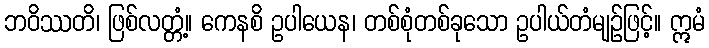
ဘဝိဿတိ၊ ဖြစ်လတ္တံ့။ ကေနစိ ဥပါယေန၊ တစ်စုံတစ်ခုသော ဥပါယ်တံမျဉ်ဖြင့်။ ဣမံ